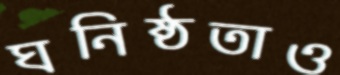
ঘনিষ্ঠতাও